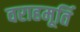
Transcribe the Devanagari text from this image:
वराहमूर्ति